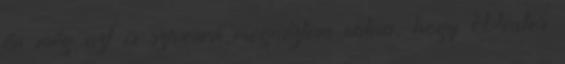
én még azt is szívesen megnéztem volna, hogy Dexter